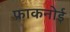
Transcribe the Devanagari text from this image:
फ्राकनोई